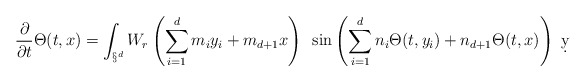
\begin{align*}\frac{\partial}{\partial t} \Theta(t,x) = \int_{\S^d} W_r\left( \sum_{i=1}^d m_i y_i + m_{d+1} x\right) ~\sin\left( \sum_{i=1}^d n_i \Theta(t,y_i) + n_{d+1}\Theta(t,x)\right) \ \d y\end{align*}